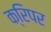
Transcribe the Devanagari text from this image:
क्रिपर